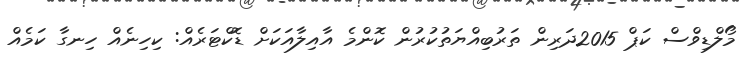
މޯލްޑިވްސް ކަޕް 2015ދަރިން ތަރުބިއްޔަތުކުރުން ކޮންމެ އާއިލާއަކަށް ޑޮކްޓަރެއް: ކިހިނެއް ހިނގާ ކަމެއް